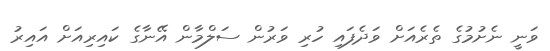
ވަނީ ނެށުމުގެ ތެރެއަށް ވަދެފައި ހުރި ވަރުން ސަލްމާން އޭނާގެ ކައިރިއަށް އައިރު